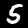
Digit: 5